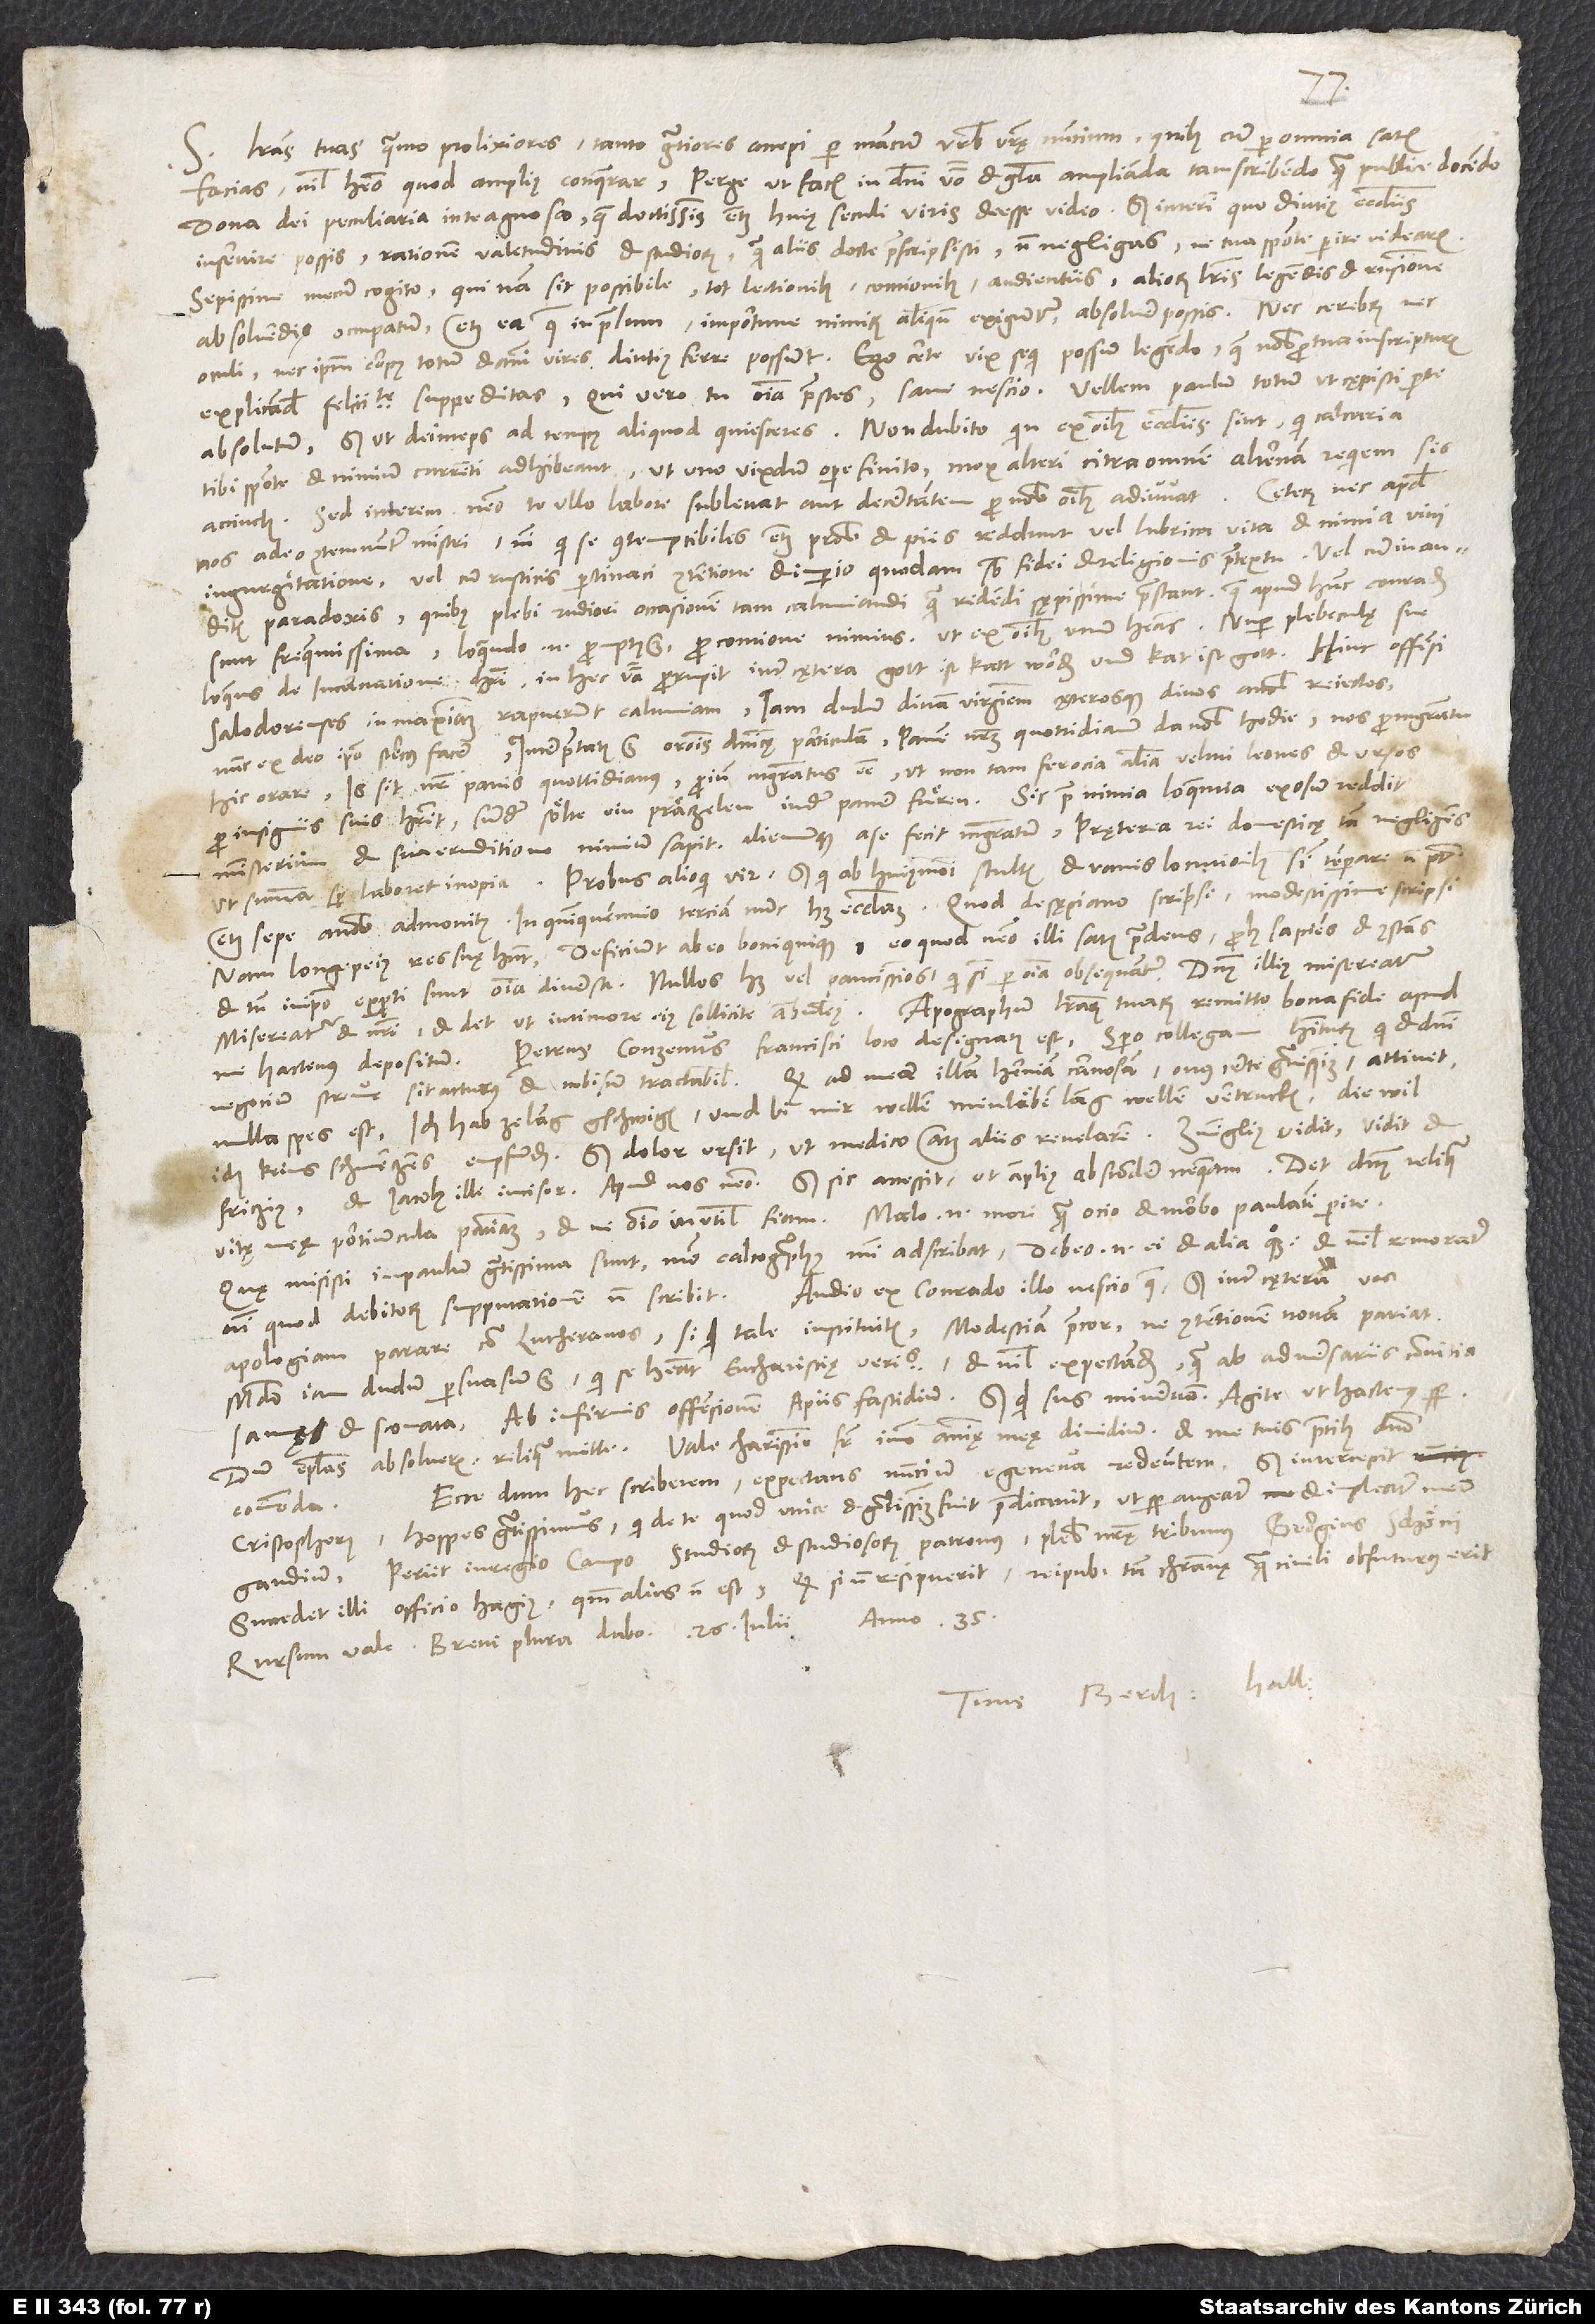
Literas tuas quanto prolixiores tanto gratiores accepi per mancum urbis vestrę nuncium. Quibus cum per omnia satisfacias,
S.
nihil habeo, quod amplius conquerar. Perge, ut facis, in domini verbo et gloria amplianda tam scribendo quam publice docendo.
Dona dei peculiaria in te agnosco, quae doctissimis etiam huius seculi viris deesse video. Sed interim, quo diutius ecclesiis
inservire possis, rationem valetudinis et studiorum, quam aliis docte praescripsisti, non negligas, ne tua sponte perire videaris.
Sepissime mecum cogito, quinam sit possibile, tot lectionibus, contionibus, audientiis, aliorum literis legendis et responsione
absolvendis occupatum etiam ea, quae in prelum importune nimirum aliquando exiguntur, absolvere possis. Nec cerebrum nec
oculi nec ipsum corpus totum et animi vires diutius ferre possunt. Ego certe vix sequi possum legendo, quae nobis pro tua in scripturis
explicandis felicitate suppeditas. Qui vero tu omnia praestes, sane nescio. Vellem Paulum totum, ut caepisti, per te
absolutum, sed ut deinceps ad tempus aliquod quiesceres. Non dubito, quin ex omnibus ecclesiis sint, qui calcaria
tibi sponte et nimium currenti adhibeant, ut uno vixdum opere finito mox alteri citra omnem alternam requiem sis
accinctus. Sed interim nemo te ullo labore sublevat aut decertantem pro nobis omnibus adiuvat.
nos adeo contemnuntur ministri, nisi qui se contemptibiles etiam probis et piis reddunt vel lubrica vita et nimia vini
ingurgitatione vel cum rusticis pertinaci contentione et imperio quodam sub fidei et religionis praetextu vel cum inauditis
paradoxis, quibus plebi rudiori occasionem tam calumniandi quam ridendi sępissime praestant. Quae apud hunc Conradum
sunt frequentissima. Loquendo enim promptus est, pro contione nimius. Ut ex omnibus unum habeas: Nuper plebeculę sue
loquens de incarnatione Christi in hec verba prorupit inter cętera: "Gott ist katt worden, und kat ist gott." Hinc offensi
Salodorenses in maximam rapuerunt calumniam: Iam dudum divam virginem cęterosque divos a nobis reiectos,
nunc ex deo ipso stercus facere. Interpretatus est orationis dominicę particulam "panem nostrum quottidianum da nobis hodie" nos pro magistratu
hic orare, is sit noster panis quottidianus, proinde magistratus esse, ut non tam ferocia animalia veluti leones et ursos
pro insigniis suis haberet, sunder sölte ein präczelen in der paner fuͤren. Sic prae nimia loquentia exosum reddit
ministerium et sua eruditione nimium sapit alienumque a se fecit magistratum pręterea rei domesticę tam negligens,
ut summa semper laboret inopia. Probus alioqui vir, sed qui ab huiusmodi stultis et vanis locutionibus sibi temperare non potest
Nam longe peius res suae habent. Deficiunt ab eo boni quique, eo quod nemo illi satis prudens proh, sapiens et constans,
et tamen in ipso experti sunt omnia diversa. Nullos habet vel paucissimos, qui sibi per omnia obsequantur. Dominus illius misereatur,
Petrus Conzenus Francisci loco designatus est. Spero collegam habiturum, qui et domini
nulla spes est. Ich hab ze lang gschwigen und bi mir wellen min läben lang wellen vertrucken, diewil
ich keins schmerczens empfunden, sed dolor ursit, ut medico atque aliis revelarem. Zvinglius vidit, vidit et
Friczius et Jacobus ille incisor, apud nos nemo. Sed sic accessit, ut amplius abscondere nequeam. Det dominus reliqua
vitae meae portiuncula patientiam, et ne omnino inutilis fiam. Malo enim mori quam ocio et morbo paulatim perire.
Quę misisti in Paulum, gratissima sunt, modo calcographus mihi adscribat. Debeo enim ei et alia quoque, et nihil remoratur,
Audio ex Conrado illo nescio quae, sed inter cętera vos
nisi quod debitorum supputationem non scribit.
apologiam parare contra Lutheranos. Si quid tale instituitis, modestiam precor, ne contentionem novam pariat.
Mundo iam dudum persuasum est, qui se habeat eucharistię veritas, et nihil expectandum quam ab adversariis convitia,
sannę et scomata, ab infirmis offensionem , a piis fastidium. Sed quid sus Minervam? Agite ut hactenus semper.
Ecce, dum hec scriberem expectans nuncium e Geneva redeuntem - sed intercepit
commenda.
Cristophorus, hospes gratissimus, qui de te, quod unice et gratissimum fuit, praedicavit, ut semper augeatur et impleatur meum
Periit in Regio Campo studiorum et studiosorum patronus, plebis nostrae tribunus Georgius Schöni.
Succedet illi officio Hagius, quoniam alius non est. Quodsi non resipuerit, reipublicae tam christianę quam civili obfuturus erit.
anno 35.
Tuus Berch. Hall.